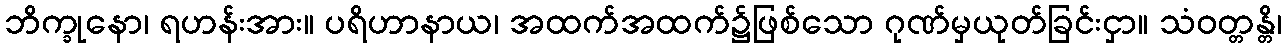
ဘိက္ခုနော၊ ရဟန်းအား။ ပရိဟာနာယ၊ အထက်အထက်၌ဖြစ်သော ဂုဏ်မှယုတ်ခြင်းငှာ။ သံဝတ္တန္တိ၊